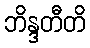
ဘိန္ဒတီတိ